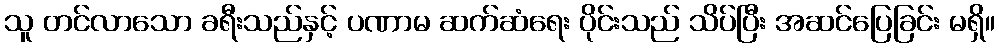
သူ တင်လာသော ခရီးသည်နှင့် ပဏာမ ဆက်ဆံရေး ပိုင်းသည် သိပ်ပြီး အဆင်ပြေခြင်း မရှိ။